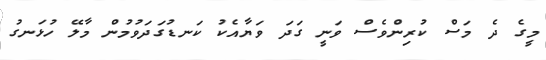
މީގެ ދެ މަސް ކުރިންވެސް ވަނީ ގަދަ ވަޔާއެކު ކަނޑުގަދަވުމުން މާލޭ ހުޅަނގު